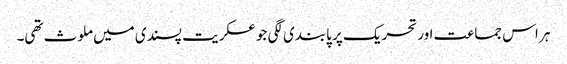
ہر اس جماعت اور تحریک پر پابندی لگی جو عسکریت پسندی میں ملوث تھی۔